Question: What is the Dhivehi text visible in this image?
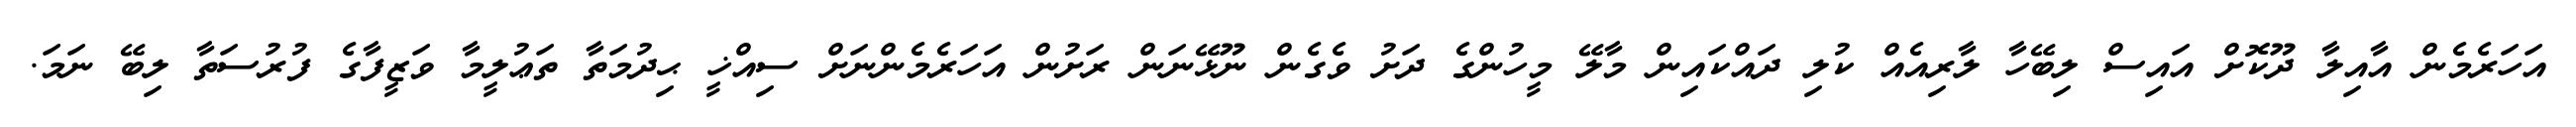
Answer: އަހަރެމެން އާއިލާ ދޫކޮށް އައިސް ލިބޭހާ ލާރިއެއް ކުލި ދައްކައިން މާލޭ މީހުންގެ ދަށު ވެގެން ނޫޅޭނަން ރަށުން އަހަރެމެންނަށް ސިއްޚީ ޙިދުމަތާ ތަޢުލީމާ ވަޒީފާގެ ފުރުސަތާ ލިބޭ ނަމަ.